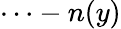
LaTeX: \cdots-n(y)